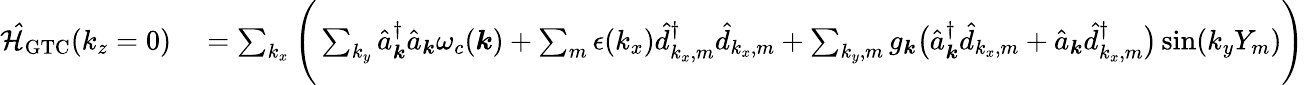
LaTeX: \begin{array}{rl}{\mathcal{\hat{H}}_{\mathrm{GTC}}(k_{z}=0)}&{{}=\sum_{k_{x}}\Bigg(\sum_{k_{y}}\hat{a}_{\boldsymbol k}^{\dagger}\hat{a}_{\boldsymbol k}\omega_{c}({\boldsymbol k})+\sum_{m}\epsilon(k_{x})\hat{d}_{k_{x},m}^{\dagger}\hat{d}_{k_{x},m}+\sum_{{k_{y}},m}g_{\boldsymbol k}\big(\hat{a}_{{\boldsymbol k}}^{\dagger}\hat{d}_{k_{x},m}+\hat{a}_{{\boldsymbol k}}\hat{d}_{k_{x},m}^{\dagger}\big)\sin({k_{y}}Y_{m})\Bigg)}\end{array}